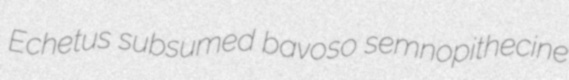
Echetus subsumed bavoso semnopithecine